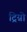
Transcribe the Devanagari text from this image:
ट्रिग्नो